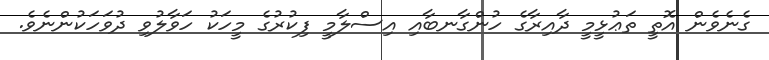
ގެނެވެން އޮތީ ތަޢުޅީމީ ދާއިރާގެ ހުންގާނބާއި އިސްލާމީ ފިކުރުގެ މީހަކު ހަވާލުވި ދުވަހަކުންނެވެ.